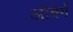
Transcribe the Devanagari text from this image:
ओबेर्ग